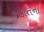
જકાતના